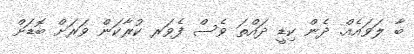
ބާ ލަވައެއް. ދެން ކިޑީ ދައްތަ ވެސް ފެވަރ ކުރާކަން ވަރަށް ބޮޑަށް